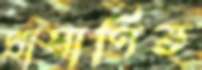
প্রামাণিত